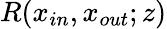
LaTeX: R(x_{in},x_{out};z)